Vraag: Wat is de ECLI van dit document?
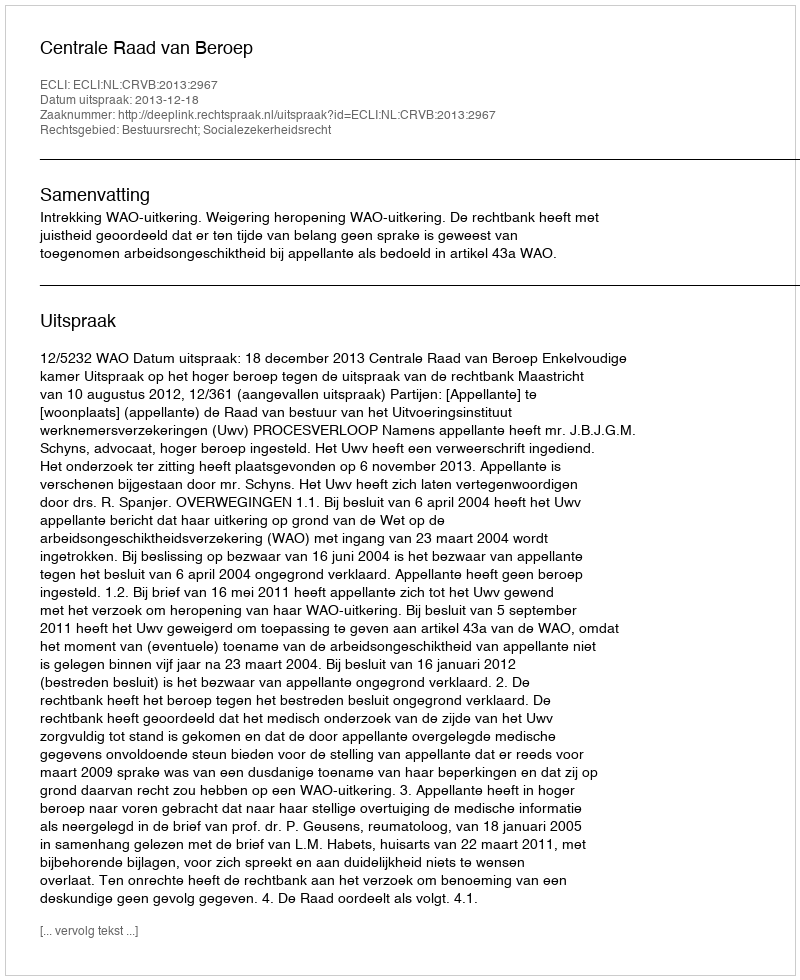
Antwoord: ECLI:NL:CRVB:2013:2967